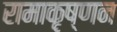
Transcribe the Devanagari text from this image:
रामाकृष्णन